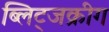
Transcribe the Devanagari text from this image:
ब्लिट्जक्रीग